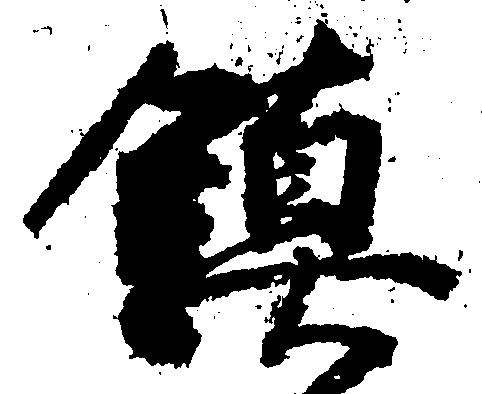
鎮